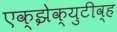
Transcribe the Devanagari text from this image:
एक्झेक्युटीव्ह